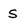
Character: S